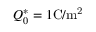
Q _ { 0 } ^ { * } = 1 \mathrm { C / m ^ { 2 } }